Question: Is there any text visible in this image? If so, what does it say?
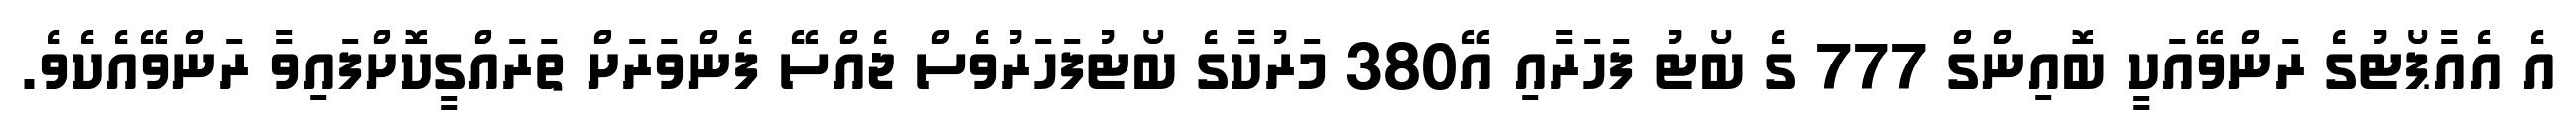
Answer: އެ އެއާޕޯޓުގެ ރަންވޭއަކީ ބޮއިންގް 777 ގެ ބޯޓު ފަހަރާއި އޭ380 މަރުކާގެ ބޯޓުފަހަރުވެސް ޖެއްސޭ ފެންވަރަށް ތަރައްގީކޮށްފައިވާ ރަންވޭއެކެވެ.